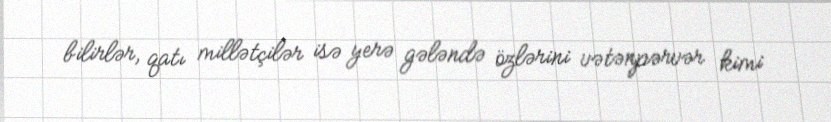
bilirlər, qatı millətçilər isə yerə gələndə özlərini vətənpərvər kimi